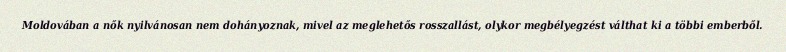
Moldovában a nők nyilvánosan nem dohányoznak, mivel az meglehetős rosszallást, olykor megbélyegzést válthat ki a többi emberből.